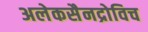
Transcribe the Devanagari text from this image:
अलेकसैनद्रोविच